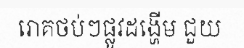
រោគថប់ៗផ្លូវដង្ហើម ជួយ